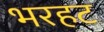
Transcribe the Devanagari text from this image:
भरहट